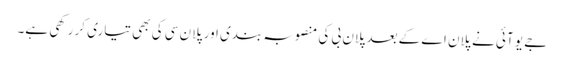
جے یو آئی نے پلان اے کے بعد پلان بی کی منصوبہ بندی اور پلان سی کی بھی تیاری کر رکھی ہے۔